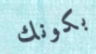
بكونك